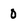
Character: 0